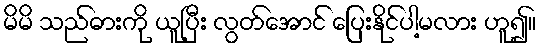
မိမိ သည်ဓားကို ယူပြီး လွတ်အောင် ပြေးနိုင်ပါ့မလား ဟူ၍။